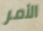
الأمر